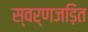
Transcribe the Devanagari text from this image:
स्वर्णजड़ित